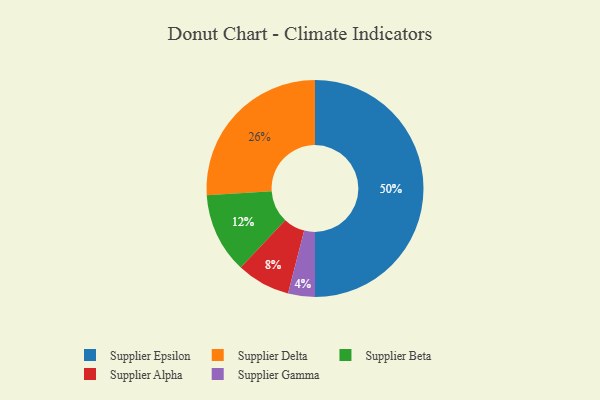
{"axis": {"x": "Category", "y": "Percentage"}, "legend": ["Supplier Alpha", "Supplier Beta", "Supplier Delta", "Supplier Epsilon", "Supplier Gamma"], "data": [{"x": "Supplier Epsilon", "y": 50, "type": "Supplier Epsilon"}, {"x": "Supplier Beta", "y": 12, "type": "Supplier Beta"}, {"x": "Supplier Delta", "y": 26, "type": "Supplier Delta"}, {"x": "Supplier Gamma", "y": 4, "type": "Supplier Gamma"}, {"x": "Supplier Alpha", "y": 8, "type": "Supplier Alpha"}]}